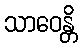
သာဝေန္တိ